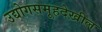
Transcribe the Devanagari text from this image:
उद्योगसमूहदेखील